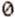
0